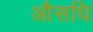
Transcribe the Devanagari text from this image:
औसधि